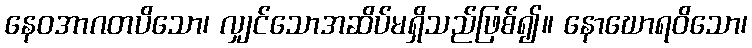
နေဝအာဂတပိသော၊ လျှင်သောအဆိပ်မရှိသည်ဖြစ်၍။ နောဃောရဝိသော၊